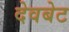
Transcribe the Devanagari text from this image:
देवबेट